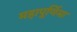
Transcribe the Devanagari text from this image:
महापूर्णिमा